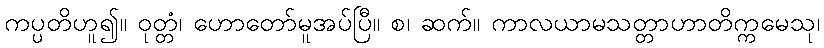
ကပ္ပတိဟူ၍။ ဝုတ္တံ၊ ဟောတော်မူအပ်ပြီ။ စ၊ ဆက်။ ကာလယာမသတ္တာဟာတိက္ကမေသု၊